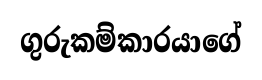
ගුරුකම්කාරයාගේ